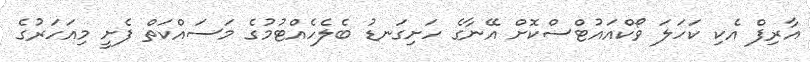
އާރިފް އެކި ކަހަލަ ވޯކްއައުޓްސްކޮށް އޭނާގެ ހަށިގަނޑު ބެލެހެއްޓުމުގެ މަސައްކަތް ފެށީ މިއަހަރުގެ